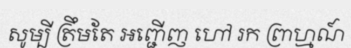
សូម្បី ត្រឹមតែ អញ្ជើញ ហៅ រក ព្រាហ្មណ៍